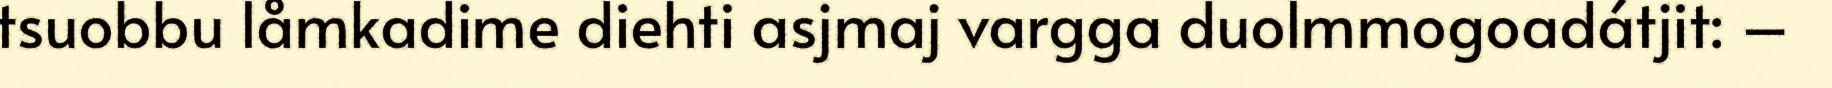
tsuobbu låmkadime diehti asjmaj vargga duolmmogoadátjit: –